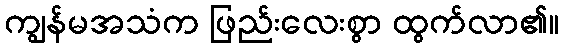
ကျွန်မအသံက ဖြည်းလေးစွာ ထွက်လာ၏။